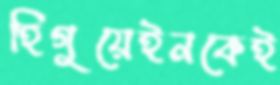
হিগুয়েইনকেই